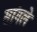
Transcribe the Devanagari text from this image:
सांगले